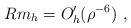
LaTeX: \begin{align*}Rm_h=O_h'(\rho^{-6})\ ,\end{align*}